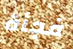
فجأة